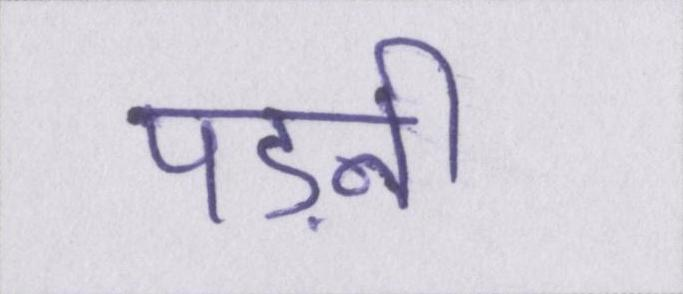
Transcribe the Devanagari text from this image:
पड़नी